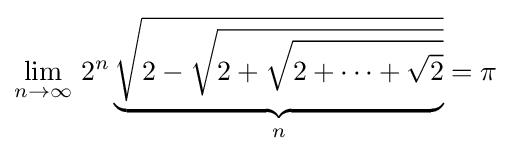
\lim _{n\to \infty }\,2^{n}\underbrace {\sqrt {2-{\sqrt {2+{\sqrt {2+\dots +{\sqrt {2}}}}}}}} _{n}=\pi